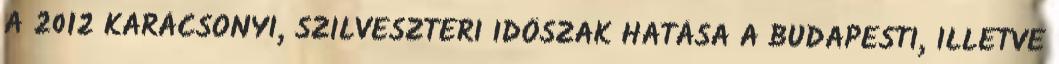
A 2012 KARÁCSONYI, SZILVESZTERI IDŐSZAK HATÁSA A BUDAPESTI, ILLETVE